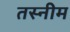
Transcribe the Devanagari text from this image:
तस्नीम